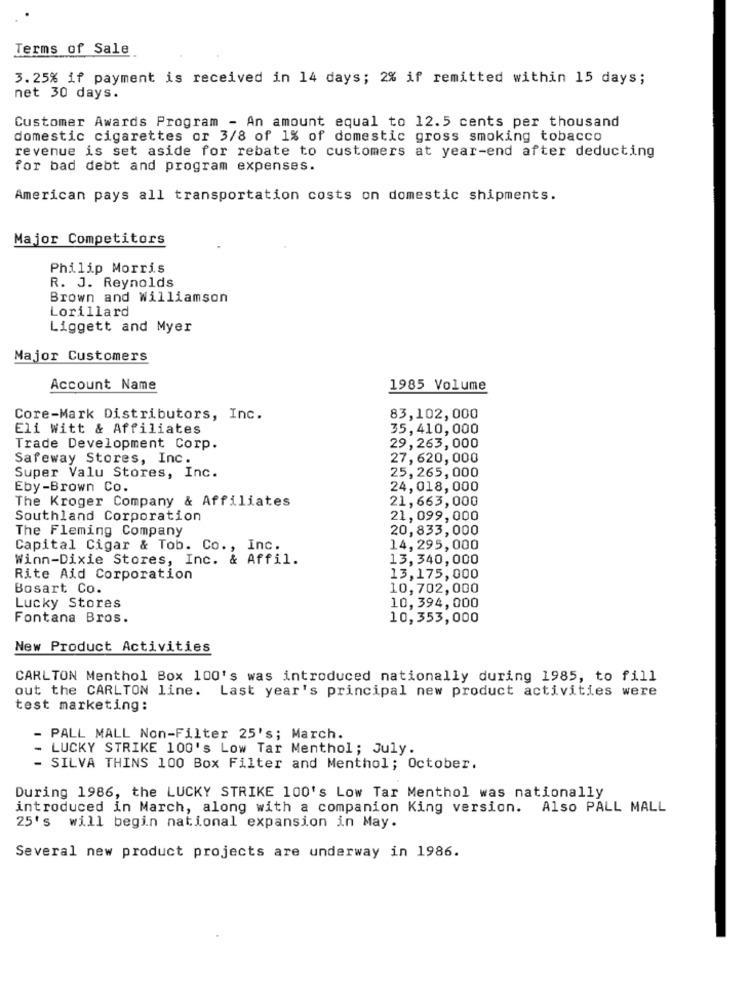
Terms of Sale
3. 25% if payment is received in 14 days; 2% if remitted within 15 days;
net 30 days.
Customer Awards Program - An amount equal to 12.5 cents per thousand
domestic cigarettes or 3/8 of 1% of domestic gross smoking tobacco
revenue is set aside for rebate to customers at year-end after deducting
for bad debt and program expenses.
American pays all transportation costs on domestic shipments.
Major Competitors
Philip Morris
R. J. Reynolds
Brown and Williamson
Lorillard
Liggett and Myer
Major Customers
Account Name
1985 Volume
Core-Mark Distributors, Inc.
83,102,000
Eli Witt & Affiliates
35,410,000
Trade Development Corp.
29, 263, 000
Safeway Stores, Inc.
27, 620, 000
25, 265, 000
Super Valu Stores, Inc.
Eby-Brown Co.
24,018,000
The Kroger Company & Affiliates
21, 663, 000
Southland Corporation
21,099, 000
The Fleming Company
20,833, 000
Capital Cigar & Tob. Co ., Inc.
14,295,000
Winn-Dixie Stores, Inc. & Affil.
13,340,000
Rite Aid Corporation
13,175,000
Bosart Co.
10,702,000
10,394,000
Lucky Stores
Fontana Bros.
10,353,000
New Product Activities
CARLTON Menthol Box 100's was introduced nationally during 1985, to fill
out the CARLTON line. Last year's principal new product activities were
test marketing:
- PALL MALL Non-Filter 25's; March.
- LUCKY STRIKE 100's Low Tar Menthol; July.
- SILVA THINS 100 Box Filter and Menthol; October.
During 1986, the LUCKY STRIKE 100's Low Tar Menthol was nationally
introduced in March, along with a companion King version. Also PALL MALL
25's will begin national expansion in May.
Several new product projects are underway in 1986.